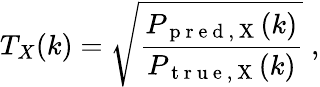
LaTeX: T_{X}(k)=\sqrt{\frac{P_{\mathrm{~p~r~e~d~,~X~}}(k)}{P_{\mathrm{~t~r~u~e~,~X~}}(k)}}\; ,